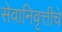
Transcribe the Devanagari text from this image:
सेवानिवृत्तीचे